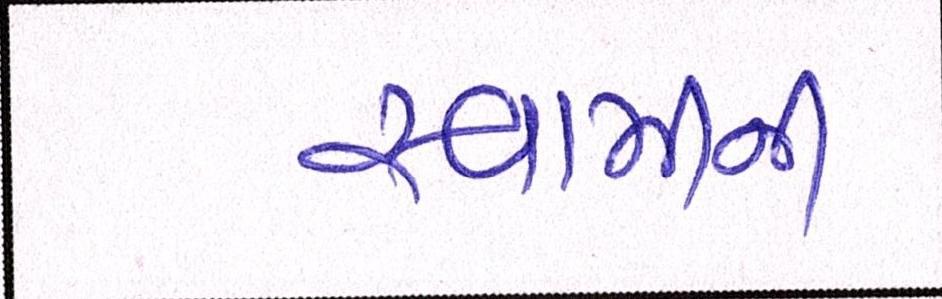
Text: સ્વામીની